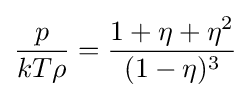
{\frac {p}{kT\rho }}={\frac {1+\eta +\eta ^{2}}{(1-\eta )^{3}}}